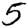
Digit: 5